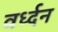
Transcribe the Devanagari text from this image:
वर्ध्दन